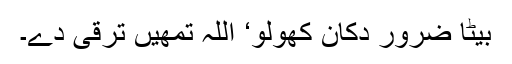
بیٹا ضرور دکان کھولو‘ اللہ تمھیں ترقی دے۔